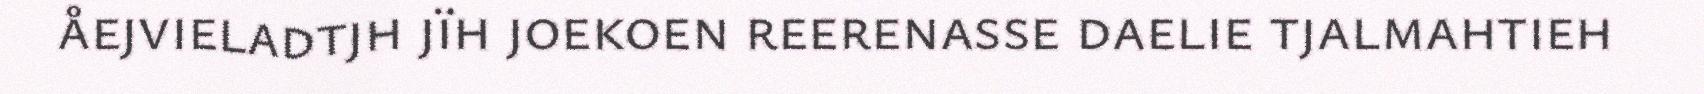
åejvieladtjh jïh joekoen reerenasse daelie tjalmahtieh